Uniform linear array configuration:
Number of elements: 8
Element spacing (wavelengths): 0.75
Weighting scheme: cosine
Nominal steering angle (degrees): -60
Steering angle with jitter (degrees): -59.102
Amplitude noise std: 0.05
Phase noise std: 0.05

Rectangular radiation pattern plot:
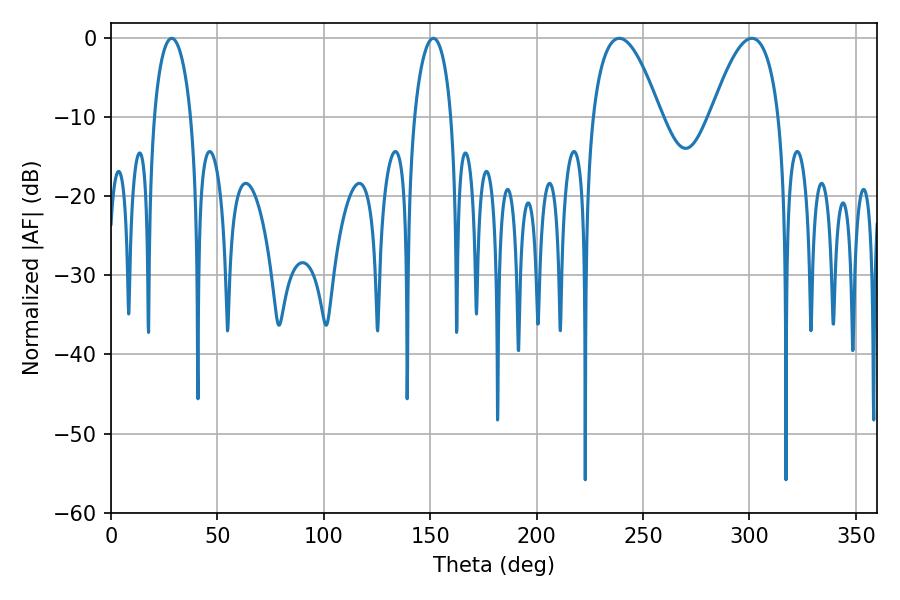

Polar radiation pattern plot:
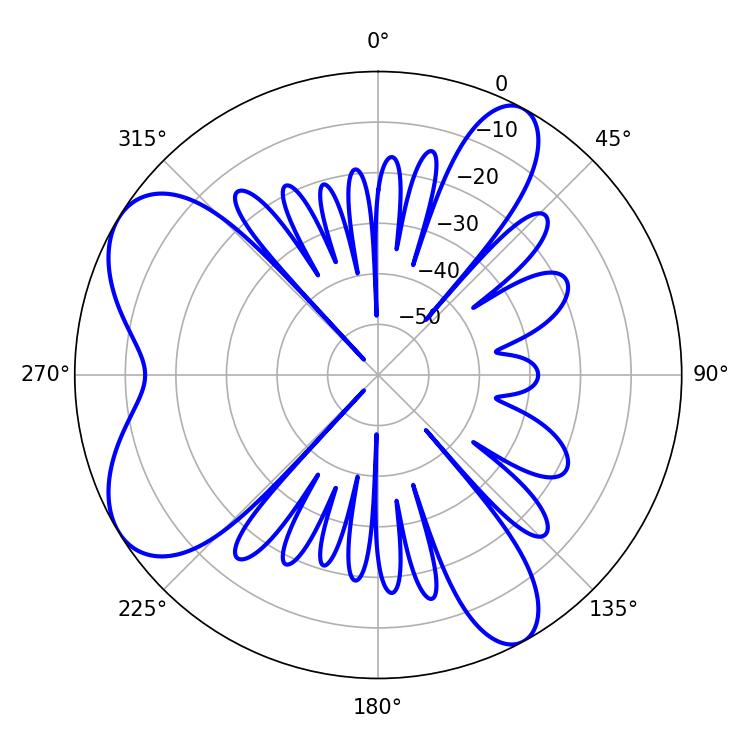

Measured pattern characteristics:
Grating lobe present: TRUE
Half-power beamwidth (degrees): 17.46
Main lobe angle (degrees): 301.14